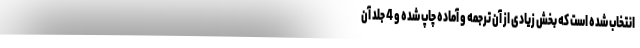
انتخاب شده است که بخش زیادی از آن ترجمه و آماده چاپ شده و 4 جلد آن